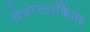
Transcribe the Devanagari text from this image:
लेदरस्टाकिंग्स